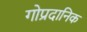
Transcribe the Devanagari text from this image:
गोप्रदानिक